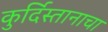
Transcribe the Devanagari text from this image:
कुर्दिस्तानाचा